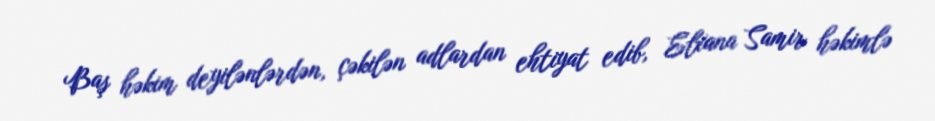
Baş həkim deyilənlərdən, çəkilən adlardan ehtiyat edib, Elxana Samir həkimlə